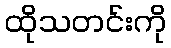
ထိုသတင်းကို